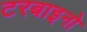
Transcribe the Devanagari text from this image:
टरबाइनो